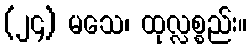
(၂၄) မသေ၊ ထုလ္လစ္စည်း။